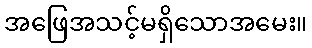
အဖြေအသင့်မရှိသောအမေး။